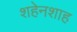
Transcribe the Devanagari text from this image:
शहेनशाह